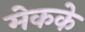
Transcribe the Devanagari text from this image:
मेकके